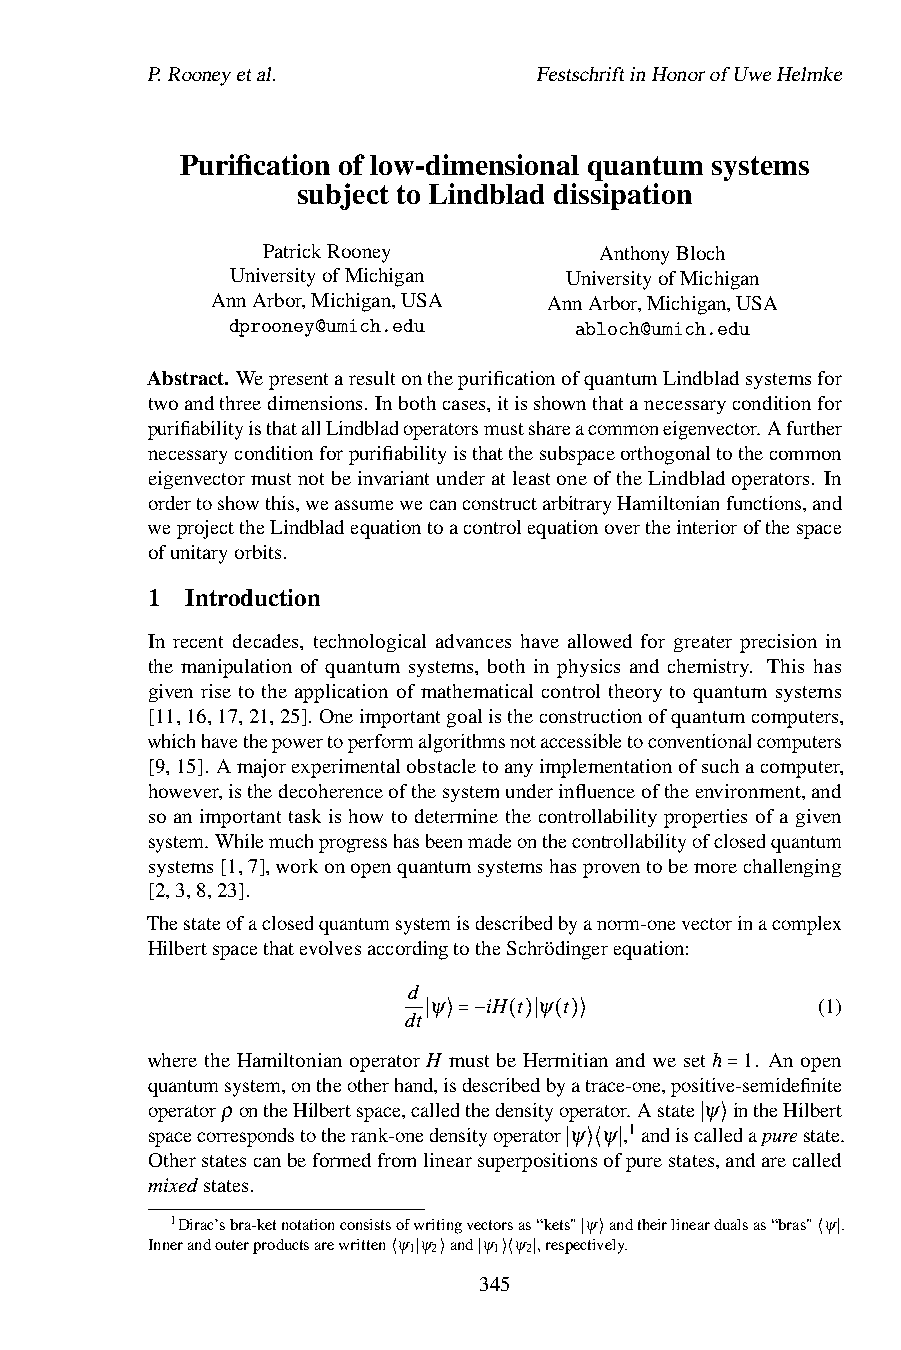
P.Rooneyetal.             FestschriftinHonorofUweHelmke
 Purification of low-dimensional quantum systems
 subject to Lindblad dissipation
 PatrickRooney          AnthonyBloch
 UniversityofMichigan  UniversityofMichigan
 AnnArbor,Michigan,USA AnnArbor,Michigan,USA
 dprooney@umich.edu     abloch@umich.edu
 Abstract. WepresentaresultonthepurificationofquantumLindbladsystemsfor
 twoandthreedimensions. Inbothcases,itisshownthatanecessaryconditionfor
 purifiabilityisthatallLindbladoperatorsmustshareacommoneigenvector.Afurther
 necessaryconditionforpurifiabilityisthatthesubspaceorthogonaltothecommon
 eigenvectormustnotbeinvariantunderatleastoneoftheLindbladoperators. In
 ordertoshowthis,weassumewecanconstructarbitraryHamiltonianfunctions,and
 weprojecttheLindbladequationtoacontrolequationovertheinteriorofthespace
 ofunitaryorbits.
 1 Introduction
 In recent decades, technological advances have allowed for greater precision in
 the manipulation of quantum systems, both in physics and chemistry. This has
 given rise to the application of mathematical control theory to quantum systems
 [11,16,17,21,25]. Oneimportantgoalistheconstructionofquantumcomputers,
 whichhavethepowertoperformalgorithmsnotaccessibletoconventionalcomputers
 [9,15]. Amajorexperimentalobstacletoanyimplementationofsuchacomputer,
 however,isthedecoherenceofthesystemunderinfluenceoftheenvironment,and
 so an important task is how to determine the controllability properties of a given
 system. Whilemuchprogresshasbeenmadeonthecontrollabilityofclosedquantum
 systems[1,7],workonopenquantumsystemshasproventobemorechallenging
 [2,3,8,23].
 Thestateofaclosedquantumsystemisdescribedbyanorm-onevectorinacomplex
 HilbertspacethatevolvesaccordingtotheSchrödingerequation:
 d
 ψ   iH t ψ t              (1)
 dt
 ∣ ⟩=− ( )∣ ( )⟩
 wheretheHamiltonianoperatorH mustbeHermitianandweseth 1. Anopen
 quantumsystem,ontheotherhand,isdescribedbyatrace-one,positive-semidefinite
 operatorρ ontheHilbertspace,calledthedensityoperator. Astate
 ψ̵=intheHilbert
 spacecorrespondstotherank-onedensityoperator ψ ψ ,1andiscalledapurestate.
 Otherstatescanbeformedfromlinearsuperpositionsofpurestate∣s,⟩andarecalled
 mixedstates.               ∣ ⟩⟨ ∣
 1Dirac’sbra-ketnotationconsistsofwritingvectorsas“kets"∣ψ⟩andtheirlineardualsas“bras"⟨ψ∣.
 Innerandouterproductsarewritten⟨ψ1∣ψ2⟩and∣ψ1⟩⟨ψ2∣,respectively.
 345